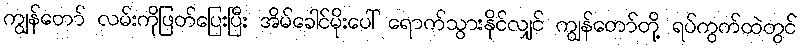
ကျွန်တော် လမ်းကိုဖြတ်ပြေးပြီး အိမ်ခေါင်မိုးပေါ် ရောက်သွားနိုင်လျှင် ကျွန်တော်တို့ ရပ်ကွက်ထဲတွင်